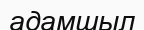
адамшыл